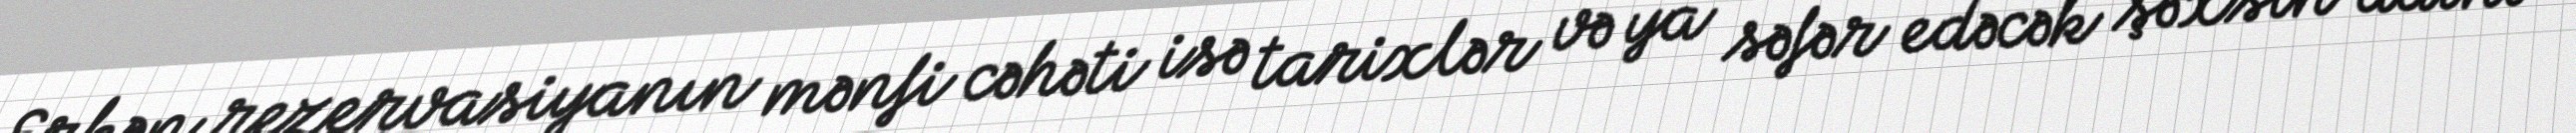
Erkən rezervasiyanın mənfi cəhəti isə tarixlər və ya səfər edəcək şəxsin adını